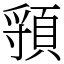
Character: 頱